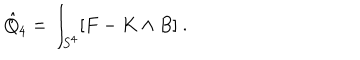
LaTeX: \hat { Q } _ { 4 } = \int _ { S ^ { 4 } } [ F - K \wedge B ] \ .